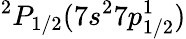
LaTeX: ^2P_{1/2}(7s^{2}7p_{1/2}^{1})